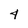
Character: 4